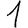
Digit: 1